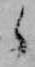
候